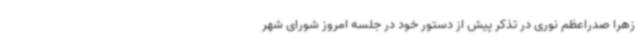
زهرا صدراعظم نوری در تذکر پیش از دستور خود در جلسه امروز شورای شهر